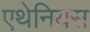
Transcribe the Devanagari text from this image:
एथेनियस